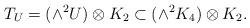
LaTeX: \begin{align*}T_U=(\wedge^2 U) \otimes K_2\subset (\wedge^2 K_4) \otimes K_2.\end{align*}